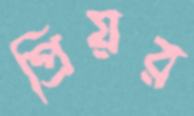
প্রিয়র